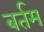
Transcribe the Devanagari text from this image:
बर्तम